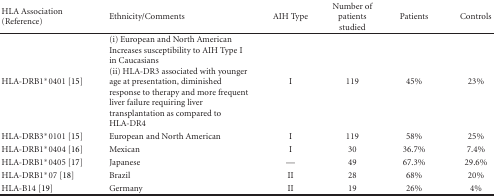
| HLA Association (Reference) | Ethnicity/Comments | AIH Type | Number of patients studied | Patients | Controls |
 | --- | --- | --- | --- | --- | --- |
 | HLA-DRB1*0401 [15] | (i) European and North American Increases susceptibility to AIH Type I in Caucasians(ii) HLA-DR3 associated with younger age at presentation, diminished response to therapy and more frequent liver failure requiring liver transplantation as compared to HLA-DR4 | I | 119 | 45% | 23% |
 | HLA-DRB3*0101 [15] | European and North American | I | 119 | 58% | 25% |
 | HLA-DRB1*0404 [16] | Mexican | I | 30 | 36.7% | 7.4% |
 | HLA-DRB1*0405 [17] | Japanese | — | 49 | 67.3% | 29.6% |
 | HLA-DRB1*07 [18] | Brazil | II | 28 | 68% | 20% |
 | HLA-B14 [19] | Germany | II | 19 | 26% | 4% |